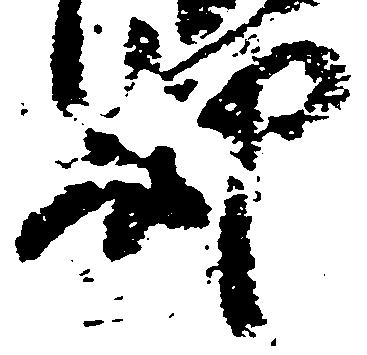
却